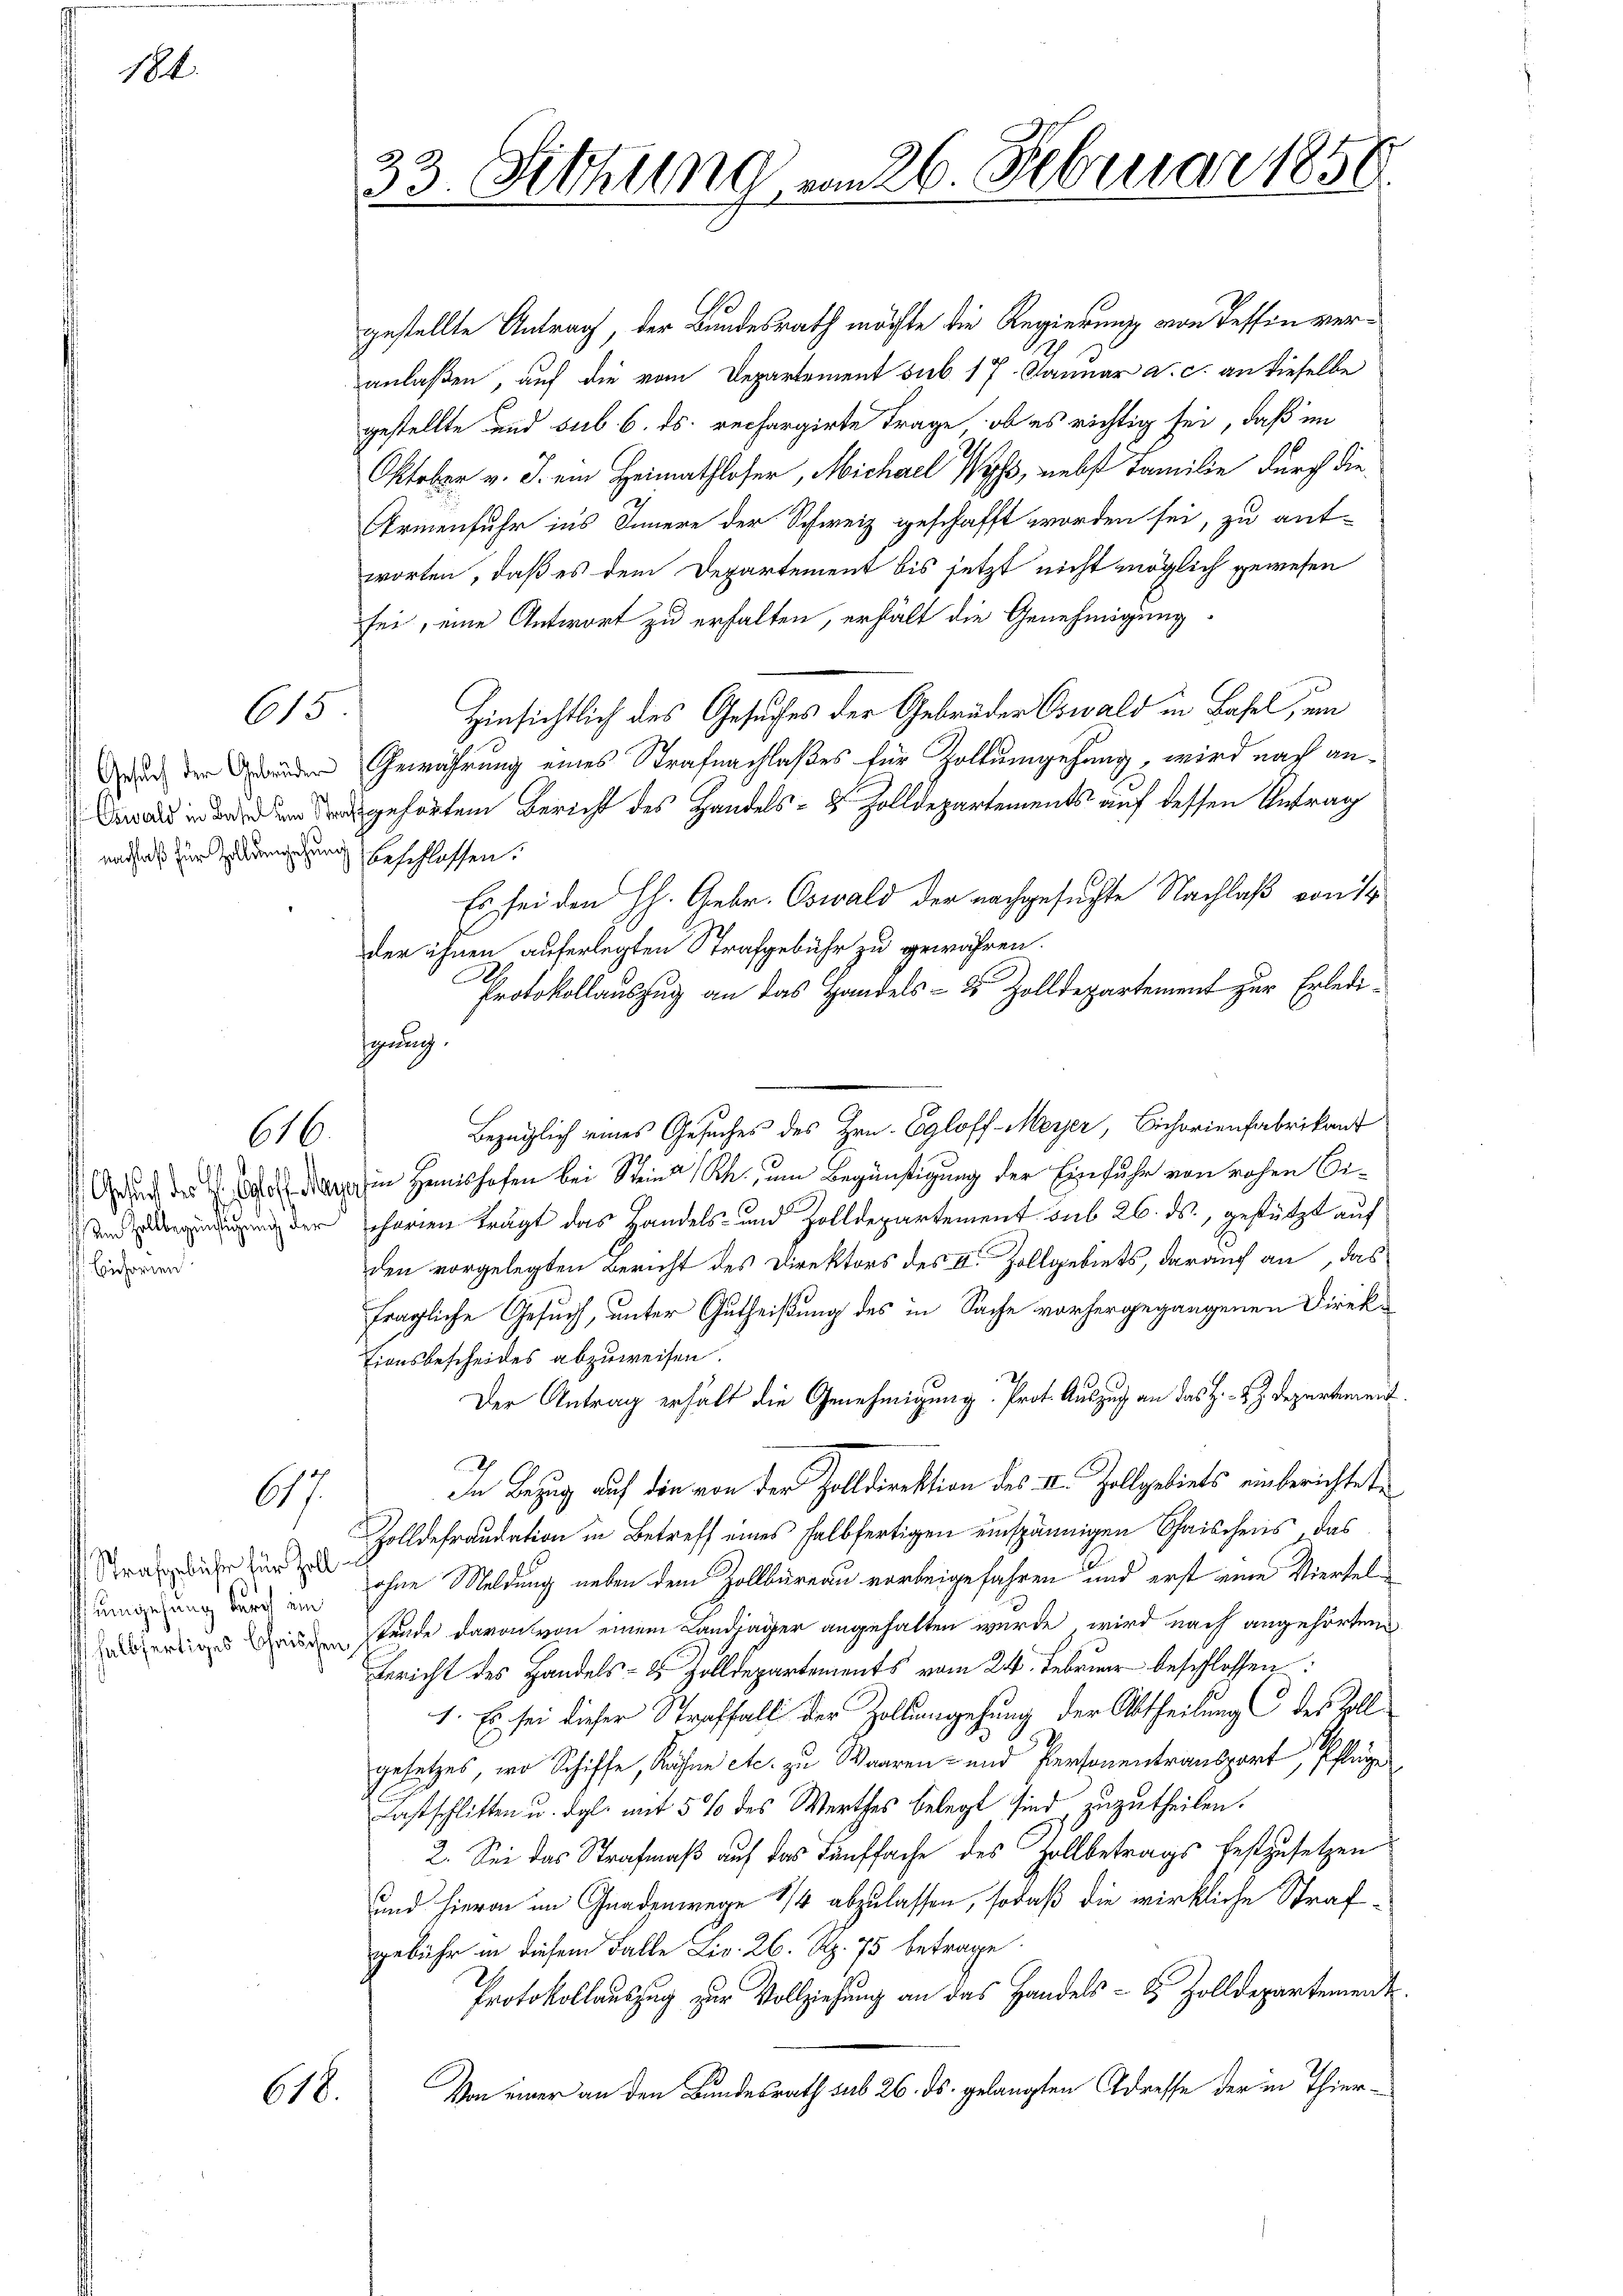
181.

615.

nächtniß zur Zedelung beschlossen.

616.

1
Echoren

17.

Strafgebühr für Zoll¬

gestellte Antrag, der Bundesrath möchte die Regierung von Tessin veranlaßen, auf die vom Departement sub 17. Januar a. c. an dieselbe
gestellte und sub. 6. ds. rechargirte Frage, ob es richtig sei, daß im
Oktober v. J. ein Heimathloser, Michael Wyss, nebst Familie durch die¬
Armenfuhr ins Innere der Schweiz geschafft worden sei, zu ant-
worten, daß es dem Departement bis jetzt nicht möglich gewesen
sei, eine Antwort zu erhalten, erhält die Genehmigung
Hinsichtlich des Gesuches der Gebrüder Oswald in Basel, um
auch der Grunden Gewährung eines Strafnachlaßes für Zollumgehung, wird nach angehörten Bericht des Handels- 8 Zolldepartements auf dessen Antrag
Es sei den H. Gebr. Oswald der nachgesuchte Nachlaß von 14
der ihnen auferlegten Strafgebühr zu gewähren.
Protokollauszug an das Handels- & Zolldepartement zur Erledihynung.
Bezüglich eines Gesuches des Hrn. Egloff Meyer, Cichorienfabrikant
Aid der in Hemishofen bei Stein Rh. zum Begünstigung der Einfuhr von rohen Di¬
 der charen trägt das Handels- und Zolldepartement sub 26. ds., gestützt auf
den vorgelegten Bericht des Direktors des III. Zollgebiets, darauf an, das
fragliche Gesuch, unter Gutheißung des in Sache vorhergegangenen Direktionsbescheides abzuweisen.
Der Antrag erhält die Genehmigung. Prot. Auszug an das H. - 2. Departement
In Bezug auf die von der Zolldirektion des II. Zollgebiets einberichtete
Zolldefraudation in Betreff eines halbfertigen einspännigen Chaischens, das
umgehung durch ein Sohne Meldung neben dem Zollbüreau vorbeigefahren und erst eine Viertelapertiges Geisten Stunde davon von einem Landjäger angehalten wurde, wird nach angehörten
Bericht des Handels- & Zolldepartements vom 24. Februar beschlossen:
1. Es sei dieser Straffall der Zollingehung der Abtheilung des Zollgesetzes, wo Schiffe, Kähnen etc. zu Waaren- und Personentransport, Pflege
lastschlitten u. dgl. mit 5 % des Werthes belegt sind zuzutheilen.
2. Sei das Strafmaß auf das Fünffache des Zollbetrags festzusetzen
und hievon im Gnadenwege 1/4 abzulassen, sodaß die wirkliche Strafgebühr in diesem Falle Liv. 26. Rp. 75 betrage
Protokollauszug zur Vollziehung an das Handels- & Zolldepartement.
Von einer an den Bundesrath sub 26. ds. gelangten Adresse der in Thier¬
618.

33. Sitzung von 26. Februar 1850.